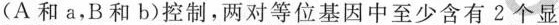
(A和a，B和b)控制，两对等位基因中至少含有2个显